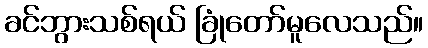
ခင်ဘွားသစ်ရယ် ခြုံတော်မူလေသည်။